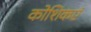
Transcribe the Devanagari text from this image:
कोशिकएं